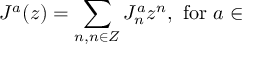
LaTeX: J ^ { a } ( z ) = \sum _ { n , n \in Z } J _ { n } ^ { a } z ^ { n } , ~ \mathrm { f o r } ~ a \in